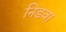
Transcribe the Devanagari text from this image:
निडवा